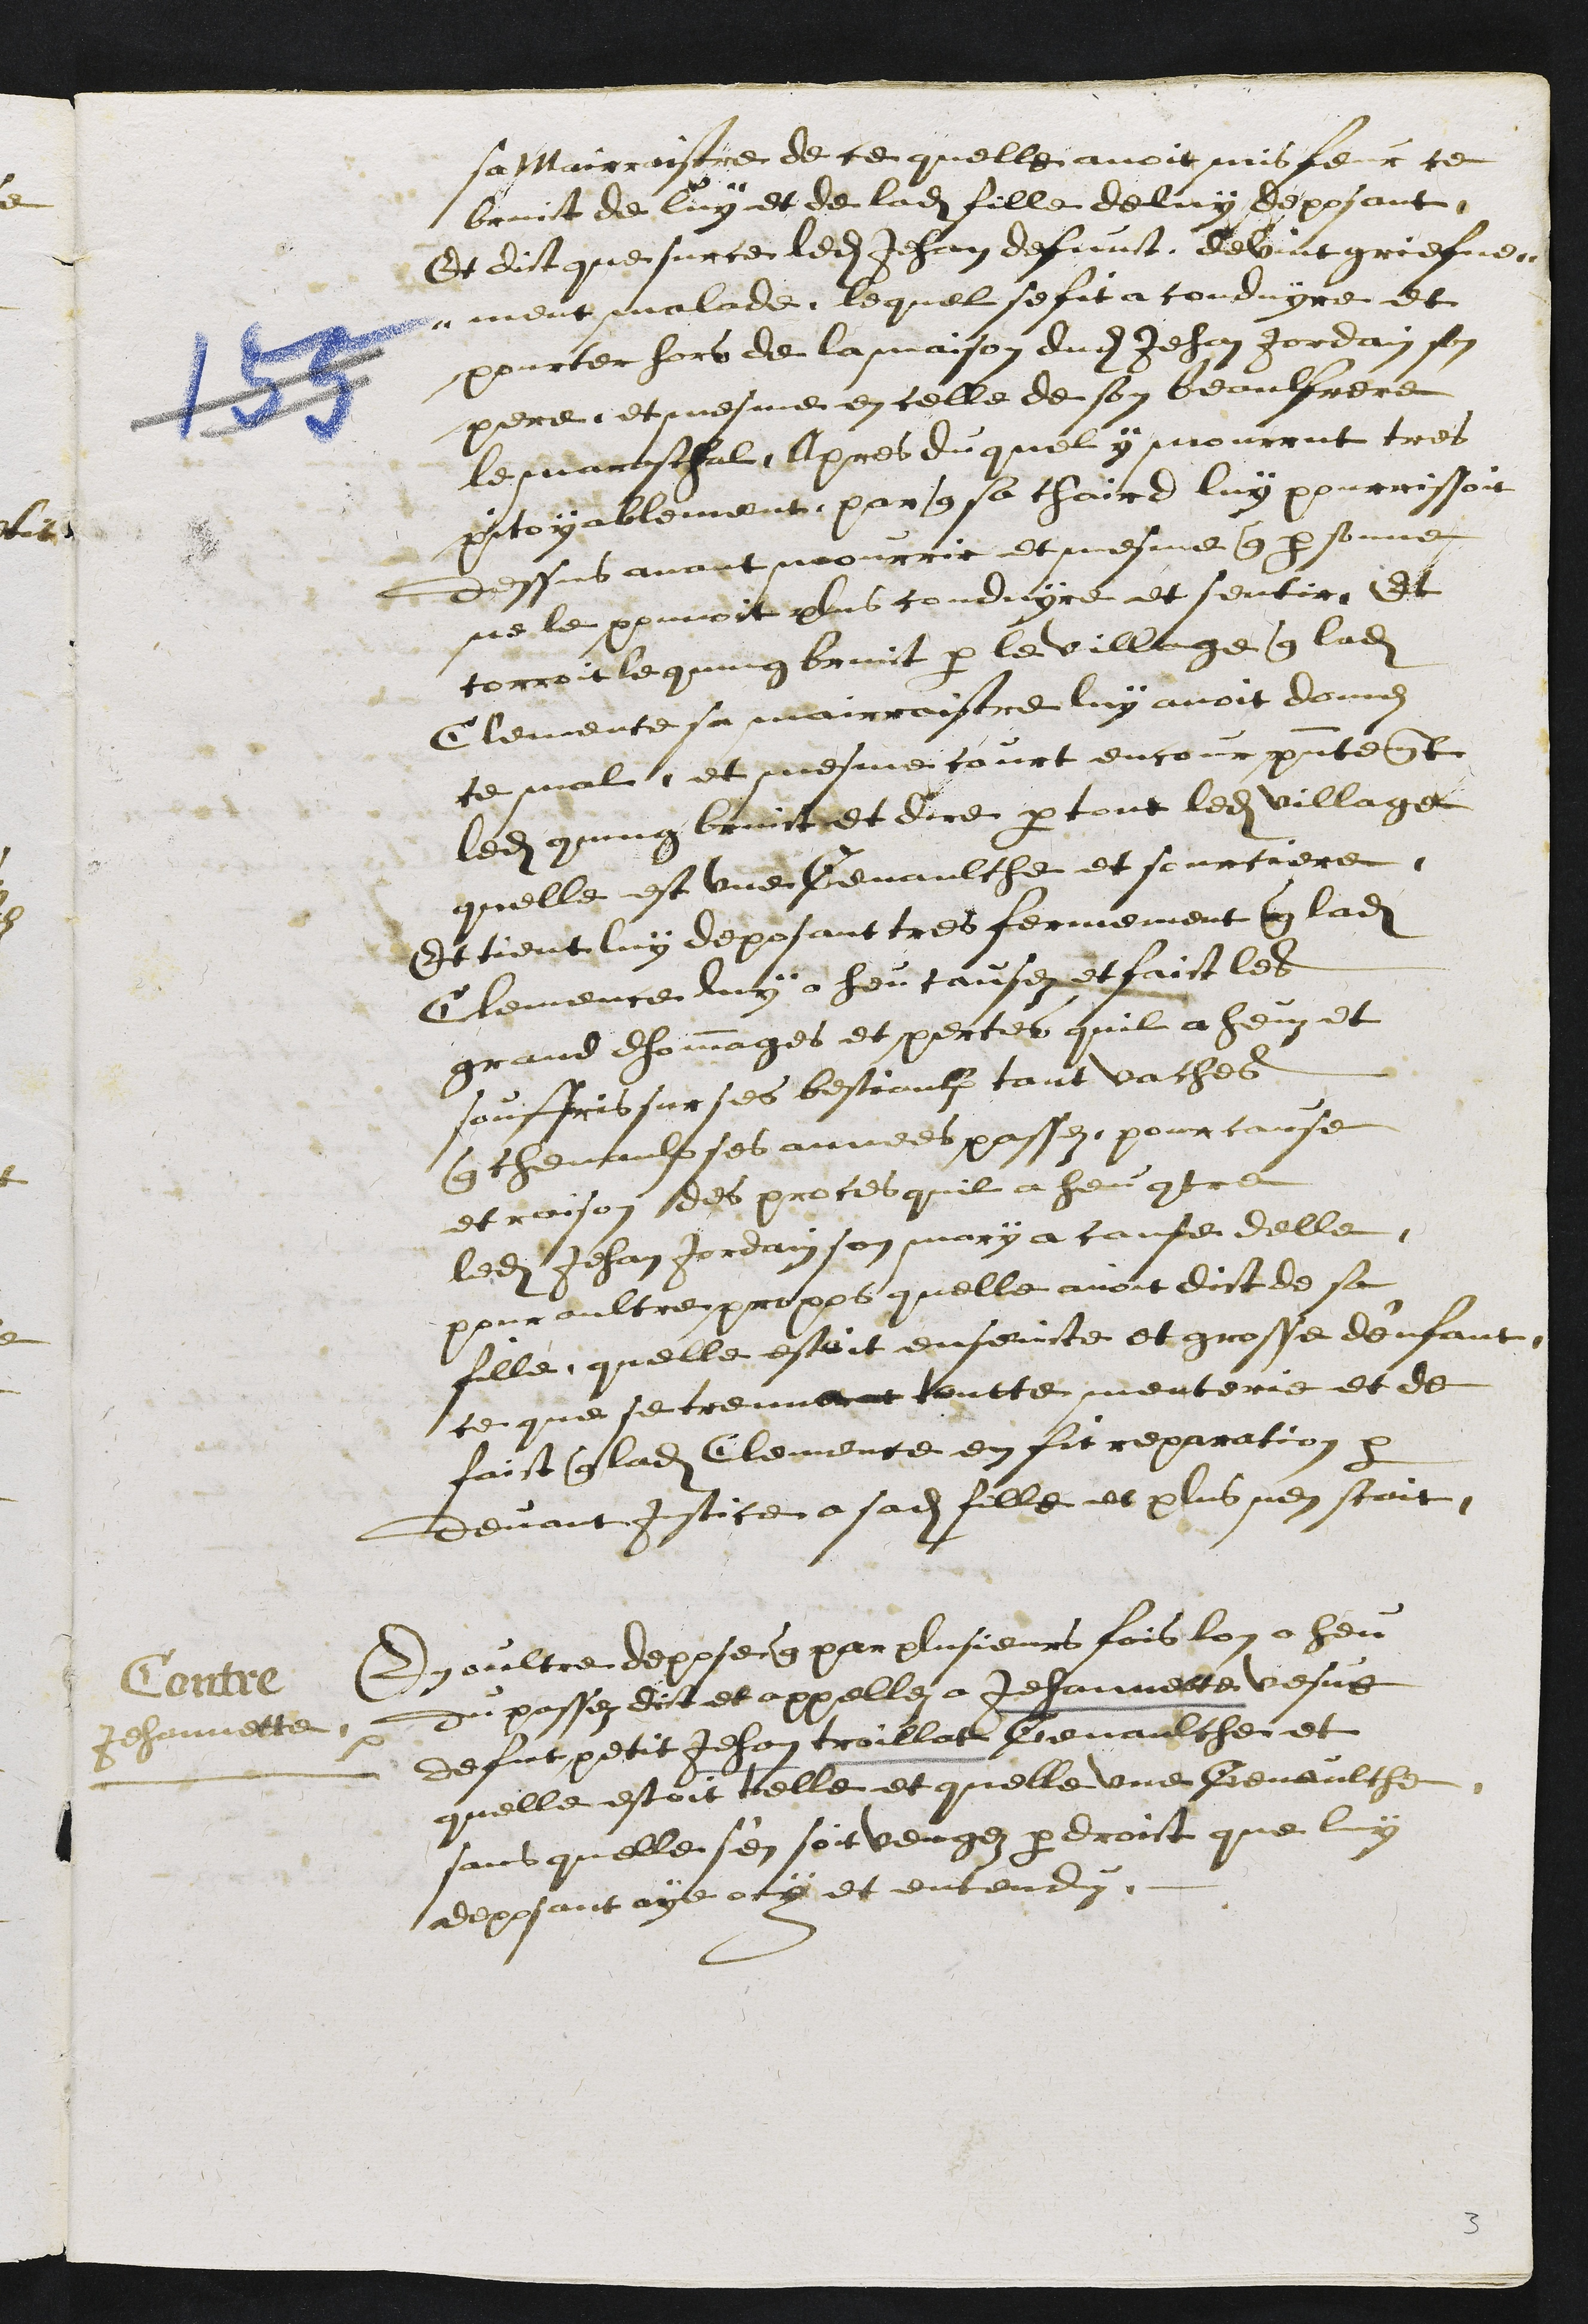
sa Mairraistre de ce quelle avoit mis feur ce
bruit de luy et de ladite fille de luy deposant
Et dict que sur ce ledit Jehan defunt devint griefve-
ment malade, lequel se fit a conduyre et
pourter hors de la maison dudit Jehan Jordain son
pere et mesme en celle de son beaulfrere
le maraschal. Apres duquel y mourrut tres
pitoyablement, par que sa chaire luy pourrissoit
dessus avant mourrir et mesme que personne
ne le pouvoit plus conduyre et sentir, Et
corroit le commung bruict par le village que ladite
Clemence sa mairraistre luy avoit donnei
ce mal, et mesme court encour presentement
ledit commung bruict et dire par tout ledit village
quelle est une Genaulche et sourciere
Et tient luy deposant tres fermement que ladite
Clemence luy a heu causez et faict les
grand dhommges et pertes quil a heuz et
souffris sur ses bestiaulx tant vaches
que chevaulx ses annees passez, pour cause
et raison des proces quil a heu contre
ledit Jehan Jordain son mary a cause delle
pour aultre propos quelle avoit dict de sa
fille, quelle estoit enseinte et grosse d'enfant
ce que se treuvarent toutte menterie et de
faict que ladite Clemence en fit reparation par
devant justice a sadite fille et plus nen scait
Contre
Jehannette
En oultre depose que par plusieurs fois lon a heu
du passez dict et appellez a Jehannette vesve
de fut petit Jehan troillat Genaulche et
quelle estoit telle et quelle une Genaulche
sans quelle s'en soit vengez par droit que luy
deposant aye ouy et entenduz
3